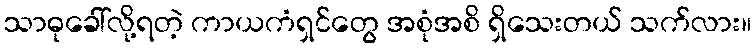
သာဓုခေါ်လို့ရတဲ့ ကာယကံရှင်တွေ အစုံအစိ ရှိသေးတယ် သက်လား။